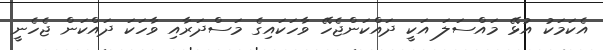
އެކަމަކު އުޅޭ މައްސަލަ އަކީ ދައްކަންޖެހޭ ވާހަކައިގެ މަސްދަރާއި ވާހަކަ ދައްކަން ޖެހެނީ